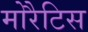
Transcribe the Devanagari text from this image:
मोरैटिस